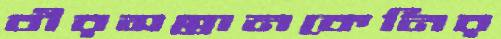
বীরসন্তানকেনির